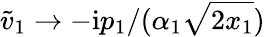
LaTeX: \widetilde{v}_{1}\rightarrow-\mathrm{i}p_{1}/(\alpha_{1}\sqrt{2x_{1}})